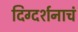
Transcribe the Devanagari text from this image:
दिग्दर्शनाचं